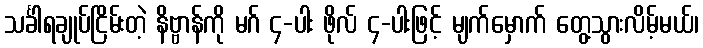
သင်္ခါရချုပ်ငြိမ်းတဲ့ နိဗ္ဗာန်ကို မဂ် ၄-ပါး ဖိုလ် ၄-ပါးဖြင့် မျက်မှောက် တွေ့သွားလိမ့်မယ်၊